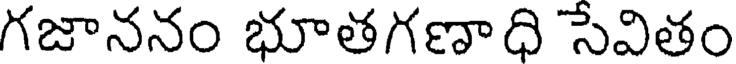
గజాననం భూతగణాధి సేవితం